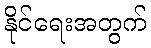
နိုင်ရေးအတွက်